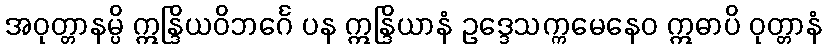
အဝုတ္တာနမ္ပိ ဣန္ဒြိယဝိဘင်္ဂေ ပန ဣန္ဒြိယာနံ ဥဒ္ဒေသက္ကမေနေဝ ဣဓာပိ ဝုတ္တာနံ